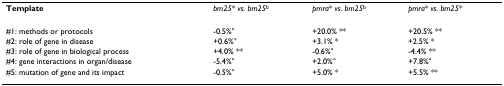
<table><thead><tr><td><b>Template</b></td><td><b><i>bm25</i>* <i>vs. bm25</i><sup>b</sup></b></td><td><b><i>pmra</i>* <i>vs. bm25</i><sup>b</sup></b></td><td><b><i>pmra</i>* <i>vs. bm25</i>*</b></td></tr></thead><tbody><tr><td>#1: methods or protocols</td><td>-0.5%°</td><td>+20.0% **</td><td>+20.5% **</td></tr><tr><td>#2: role of gene in disease</td><td>+0.6%°</td><td>+3.1% *</td><td>+2.5% *</td></tr><tr><td>#3: role of gene in biological process</td><td>+4.0% **</td><td>-0.6%°</td><td>-4.4% **</td></tr><tr><td>#4: gene interactions in organ/disease</td><td>-5.4%°</td><td>+2.0%°</td><td>+7.8%°</td></tr><tr><td>#5: mutation of gene and its impact</td><td>-0.5%°</td><td>+5.0% *</td><td>+5.5% **</td></tr></tbody></table>